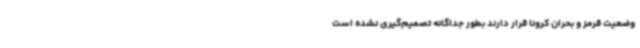
وضعیت قرمز و بحران کرونا قرار دارند بطور جداگانه تصمیم‌گیری نشده است